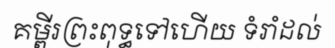
គម្ពីរព្រះពុទ្ធទៅហើយ ទំរាំដល់